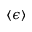
\langle \epsilon \rangle